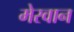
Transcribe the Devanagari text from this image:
मेरवान